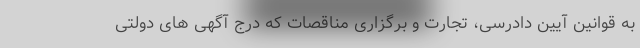
به قوانین آیین دادرسی، تجارت و برگزاری مناقصات که درج آگهی های دولتی